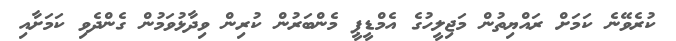
ކުރެވޭނެ ކަމަށް ރައްޔިތުން މަޖިލީހުގެ އެމްޑީޕީ މެންބަރުން ކުރިން ވިދާޅުވަމުން ގެންދެވި ކަމަށާއި